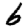
Digit: 6